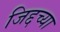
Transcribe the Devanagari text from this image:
जिद्दच्या